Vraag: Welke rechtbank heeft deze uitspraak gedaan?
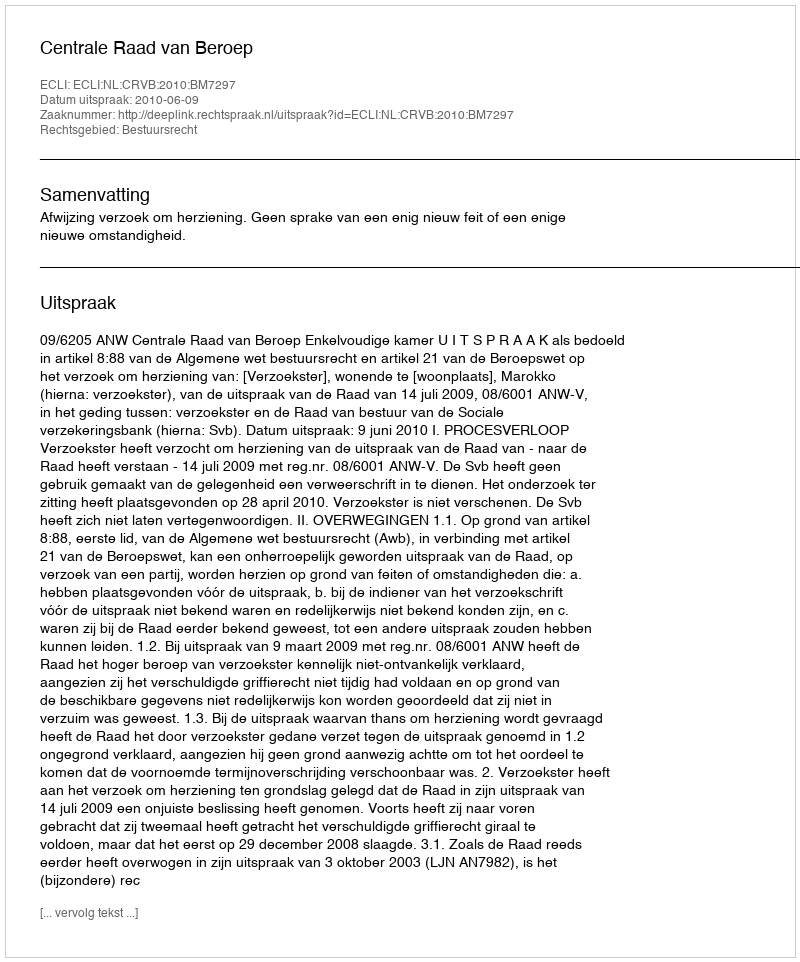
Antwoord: Centrale Raad van Beroep